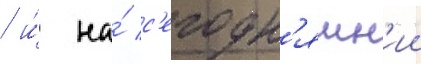
/ и́ на́ с'егодн'яшн'ии